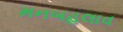
મનબહલાવ